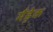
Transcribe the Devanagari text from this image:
मँड्रेक